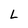
Character: l